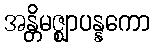
အန္တိမဇ္ဈာပန္နကော